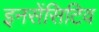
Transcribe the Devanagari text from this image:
इनसेंसिटिव